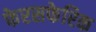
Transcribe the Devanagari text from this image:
फेरसफेरिक